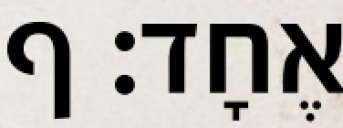
אֶחָד׃ ף